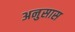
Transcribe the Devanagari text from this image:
अनुसास